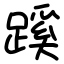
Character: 蹊